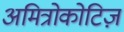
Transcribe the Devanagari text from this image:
अमित्रोकोटिज़